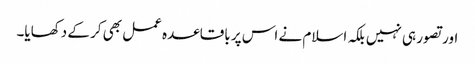
اور تصور ہی نہیں بلکہ اسلام نے اس پر باقاعدہ عمل بھی کر کے دکھایا۔